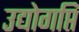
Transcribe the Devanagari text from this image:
उद्योगप्ति